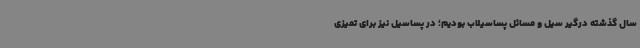
سال گذشته درگیر سیل و مسائل پساسیلاب بودیم؛ در پساسیل نیز برای تمیزی